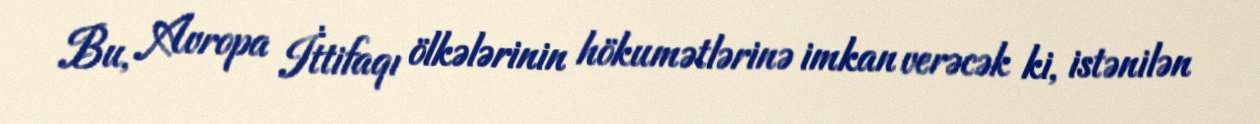
Bu, Avropa İttifaqı ölkələrinin hökumətlərinə imkan verəcək ki, istənilən